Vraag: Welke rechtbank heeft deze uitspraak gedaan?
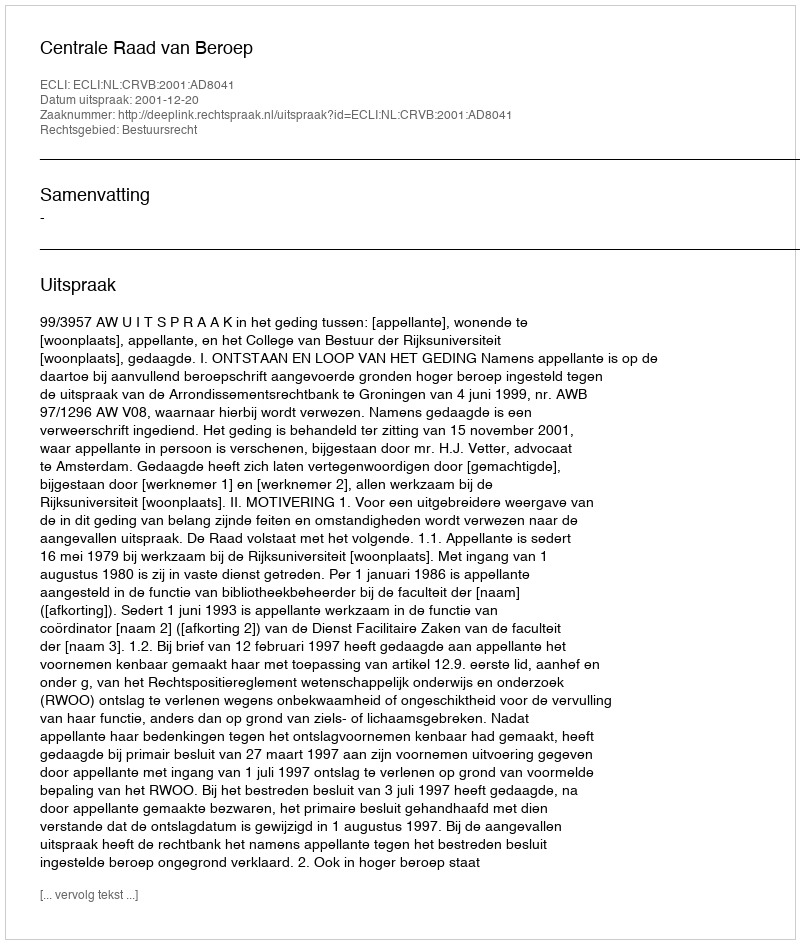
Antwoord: Centrale Raad van Beroep